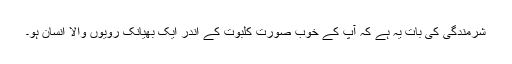
شرمندگی کی بات یہ ہے کہ آپ کے خوب صورت کلبوت کے اندر ایک بھیانک رویوں والا انسان ہو۔